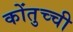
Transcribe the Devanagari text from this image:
कोंतुच्ची